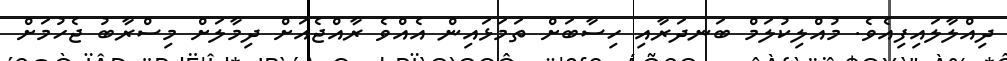
ދިއްލާލައިފިއެވެ. މުއްލިކުލަމް ބަނދަރާއި ހިސާބަށް ތަމަޅައިން އެއްވެ ރާއްޖެއަށް ދިމާލަށް މިސްރާބު ޖެހުމަށް